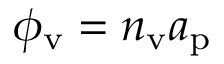
\phi _ { \mathrm { v } } = n _ { \mathrm { v } } a _ { \mathrm { p } }